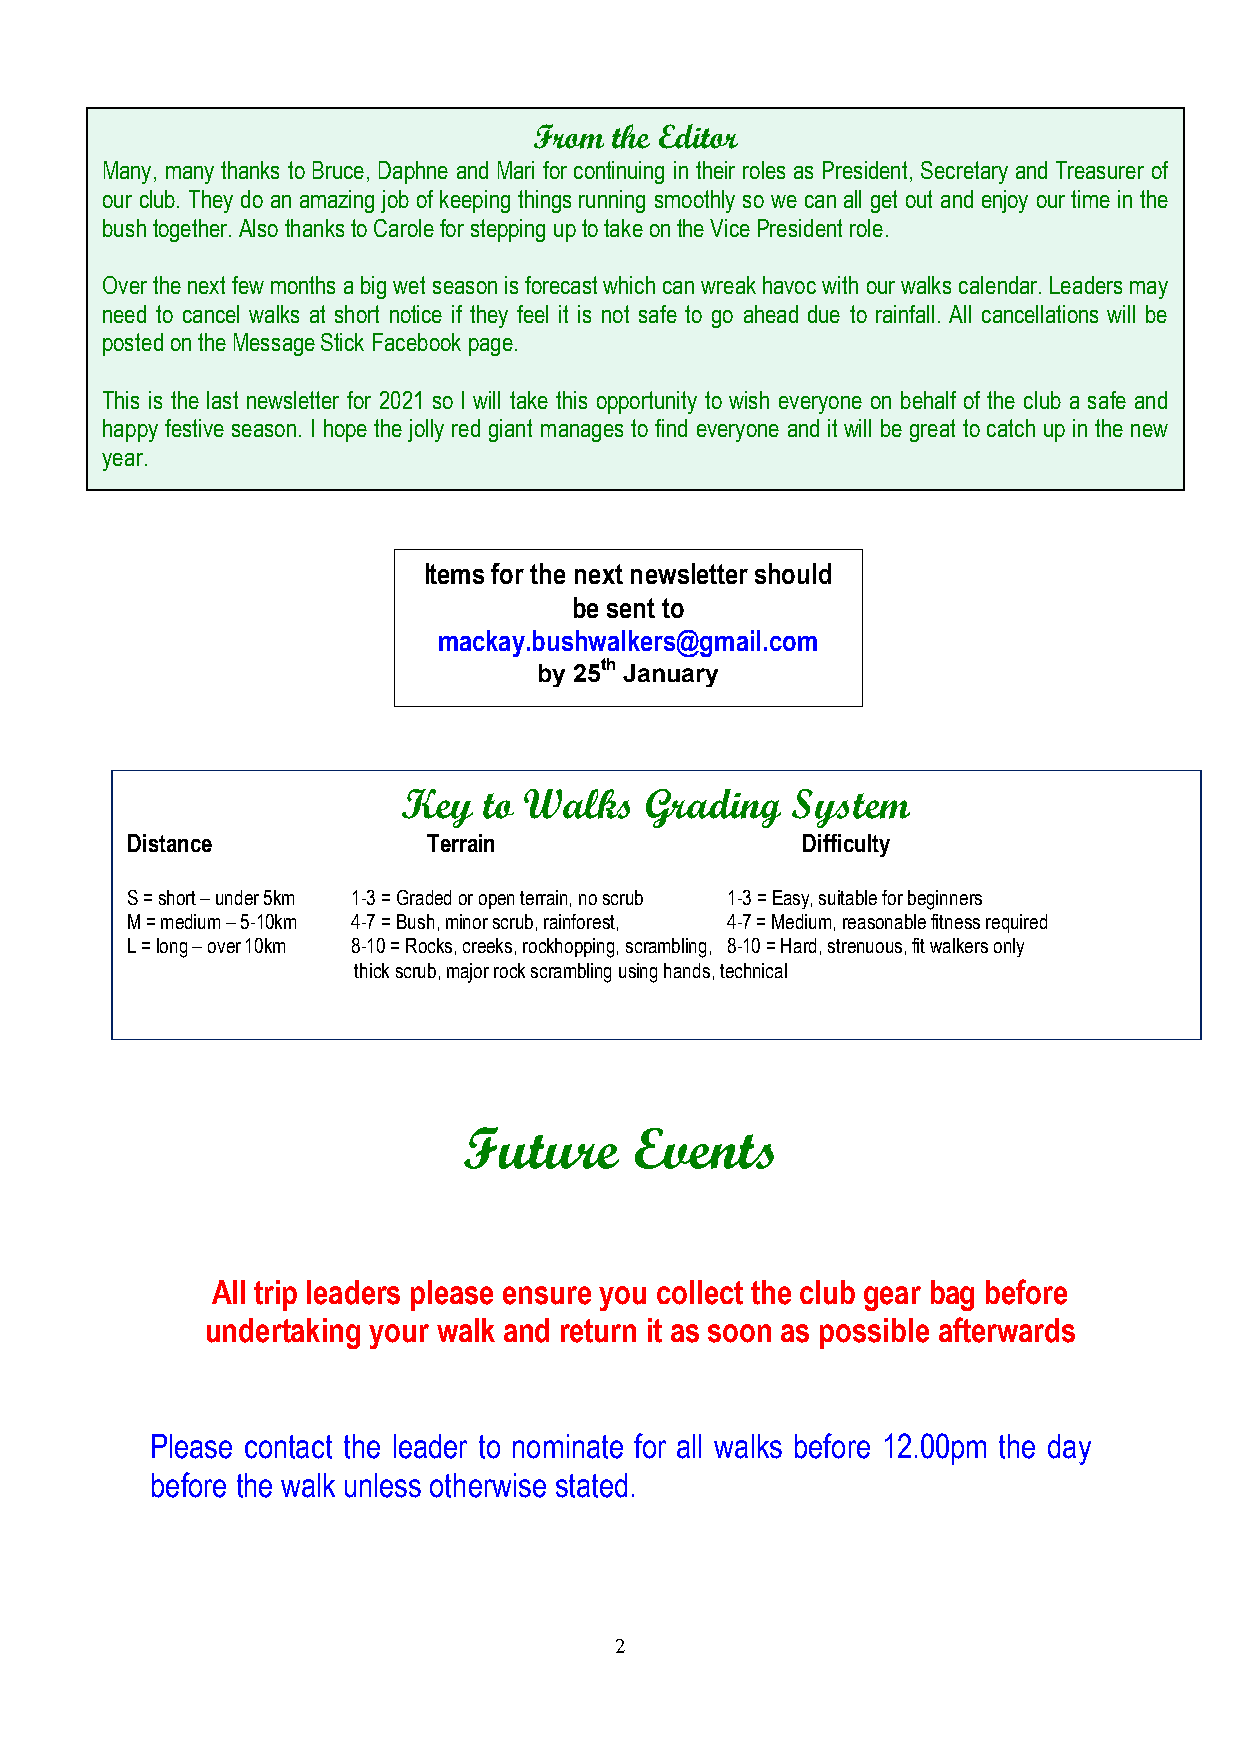
From the Editor
 Many, many thanks to Bruce, Daphne and Mari for continuing in their roles as President, Secretary and Treasurer of
 our club. They do an amazing job of keeping things running smoothly so we can all get out and enjoy our time in the
 bush together. Also thanks to Carole for stepping up to take on the Vice President role.
 I
 Over the next few months a big wet season is forecast which can wreak havoc with our walks calendar. Leaders may
 need to cancel walks at short notice if they feel it is no t safe to go ahead due to rainfall. All cancellations will be
 posted on the Message Stick Facebook page.
 This is the last newsletter for 2021 so I will take this opportunity to wish everyone on behalf of the club a safe and
 happy festive season. I hope the jolly red giant manages to find everyone and it will be great to catch up in the new
 year.
 Items for the next newsletter should
 be se nt to
 mackay.bushwalkers@gmail.com
 by 25th January
 Key  to Walks   Grading  System
 Distance            Terrain                  Difficulty
 S = short – under 5km 1-3 = Graded or open terrain, no scrub 1-3 = Easy, suitable for beginners
 M = medium – 5-10km 4-7 = Bush, minor scrub, rainforest, 4-7 = Medium, reasonable fitness required
 L = long – over 10km 8-10 = Rocks, creeks, rockhopping, scrambling, 8-10 = Hard, strenuous, fit walkers only
 thick scrub, major rock scrambling using hands, technical
 Future     Events
 All trip leaders please ensure you collect the club gear bag before
 undertaking your walk and return it as soon as possible afterwards
 Please contact the leader to nominate for all walks before 12.00pm the day
 before the walk unless otherwise stated.
 2